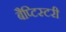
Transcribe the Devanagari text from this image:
बैप्टिस्टरी